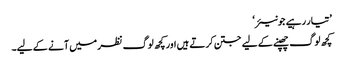
’تیار رہیے جونیئر‘
کچھ لوگ چھپنے کے لیے جتن کرتے ہیں اور کچھ لوگ نظر میں آنے کے لیے۔